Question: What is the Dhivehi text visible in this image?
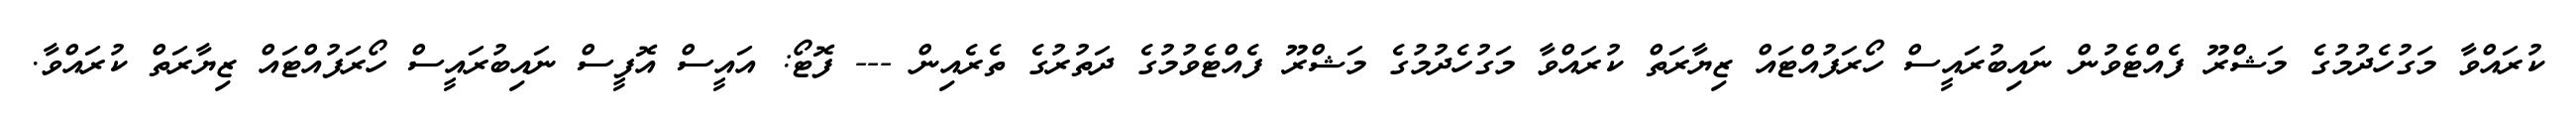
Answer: ކުރައްވާ މަގުހެދުމުގެ މަޝްރޫ ފެއްޓެވުން ނައިބުރައީސް ހޯރަފުއްޓައް ޒިޔާރަތް ކުރައްވާ މަގުހެދުމުގެ މަޝްރޫ ފެއްޓެވުމުގެ ދަތުރުގެ ތެރެއިން --- ފޮޓޯ: އައީސް އޮފީސް ނައިބުރައީސް ހޯރަފުއްޓައް ޒިޔާރަތް ކުރައްވާ.